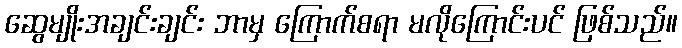
ဆွေမျိုးအချင်းချင်း ဘာမှ ကြောက်စရာ မလိုကြောင်းပင် ဖြစ်သည်။